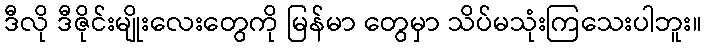
ဒီလို ဒီဇိုင်းမျိုးလေးတွေကို မြန်မာ တွေမှာ သိပ်မသုံးကြသေးပါဘူး။